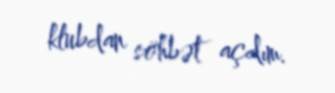
klubdan söhbət açdım.